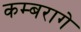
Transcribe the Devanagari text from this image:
कम्बरागे